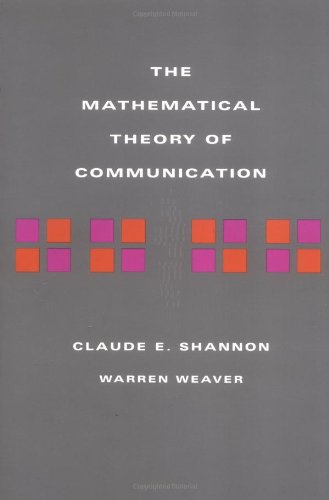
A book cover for The Mathematical Theory of Communication; Claude E Shannon; Science & Math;